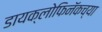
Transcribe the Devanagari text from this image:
डायक्लोफिनॅकच्या